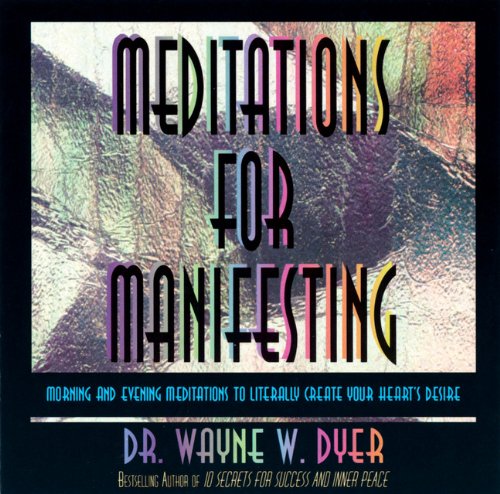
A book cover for Meditations for Manifesting; Wayne W. Dyer; Religion & Spirituality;